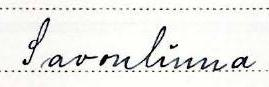
Savonlinna